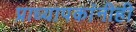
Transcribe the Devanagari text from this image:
प्राध्यापकांनीही